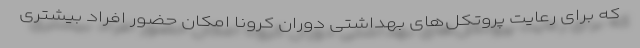
که برای رعایت پروتکل‌های بهداشتی دوران کرونا امکان حضور افراد بیشتری